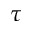
\tau